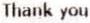
THANK YOU